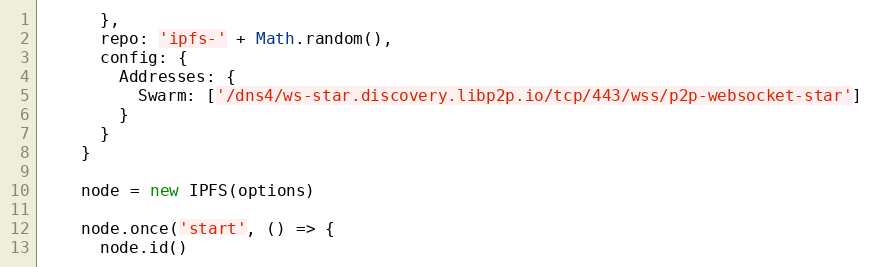
Language: JavaScript
      },
      repo: 'ipfs-' + Math.random(),
      config: {
        Addresses: {
          Swarm: ['/dns4/ws-star.discovery.libp2p.io/tcp/443/wss/p2p-websocket-star']
        }
      }
    }

    node = new IPFS(options)

    node.once('start', () => {
      node.id()